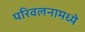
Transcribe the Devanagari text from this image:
परिवलनामध्ये